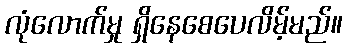
လုံလောက်မှု ရှိနေစေပေလိမ့်မည်။